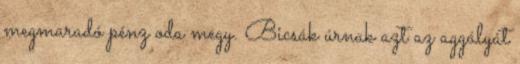
megmaradó pénz oda megy. Bicsák úrnak azt az aggályát